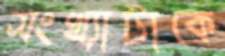
সংখ্যাটাকে